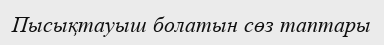
Пысықтауыш болатын сөз таптары